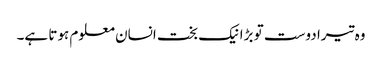
وہ تیرا دوست تو بڑا نیک بخت انسان معلوم ہوتا ہے۔